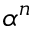
\alpha ^ { n }